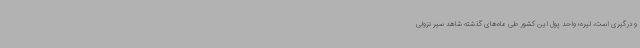
و درگیری است، لیره؛ واحد پول این کشور طی ماه‌های گذشته شاهد سیر نزولی